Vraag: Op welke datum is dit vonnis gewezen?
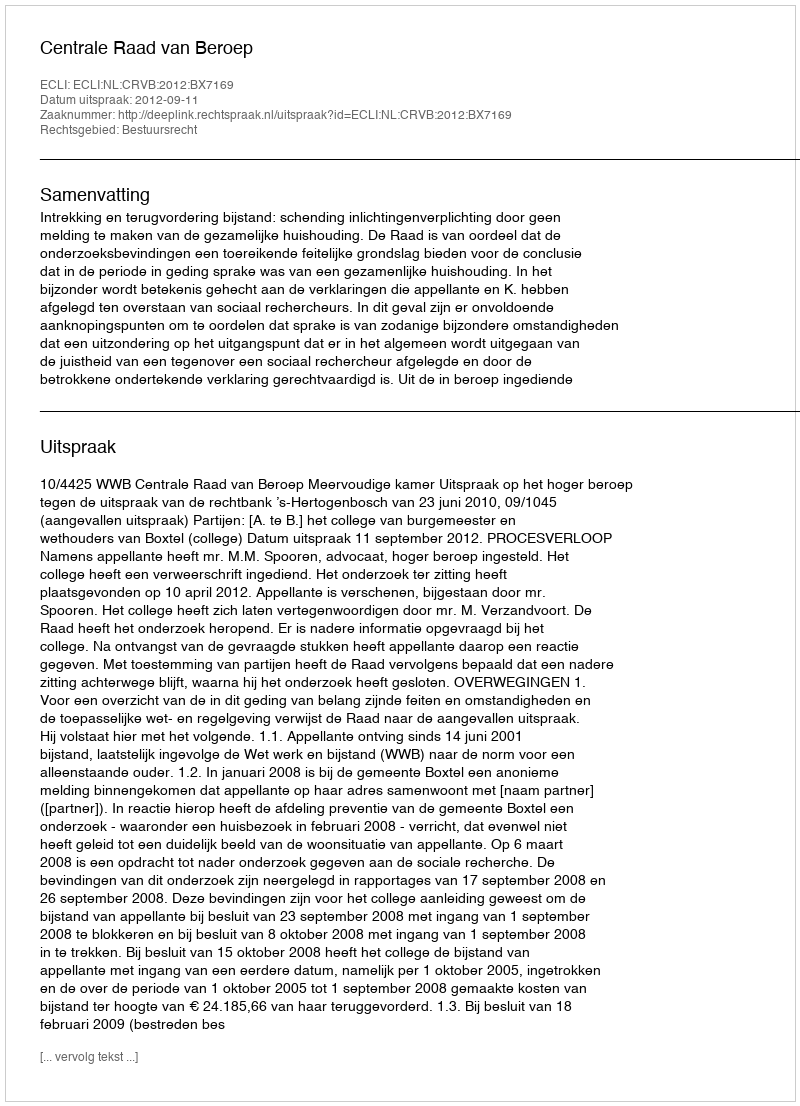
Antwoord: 2012-09-11